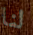
لنا